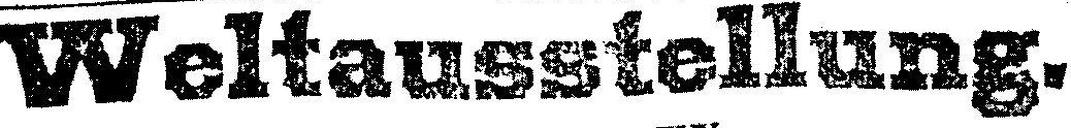
Weltausstellung.